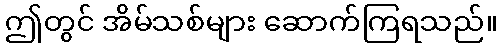
ဤတွင် အိမ်သစ်များ ဆောက်ကြရသည်။